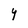
Character: Y